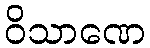
ဝိသာဏေ